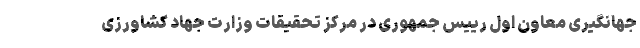
جهانگیری معاون اول رییس جمهوری در مرکز تحقیقات وزارت جهاد کشاورزی